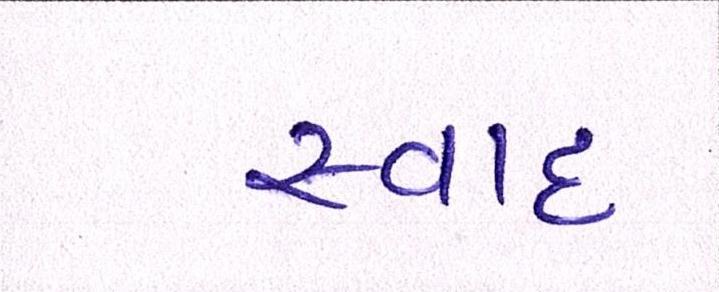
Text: સ્વાદ